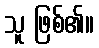
သူ ဖြစ်၏။